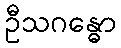
ဦသဂန္ဓော